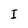
Character: I